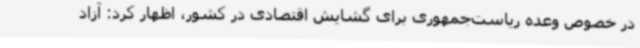
در خصوص وعده ریاست‌جمهوری برای گشایش اقتصادی در کشور، اظهار کرد: آزاد